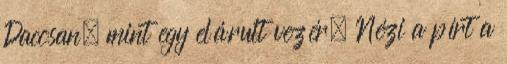
Dacosan, mint egy elárult vezér. Nézi a pírt a